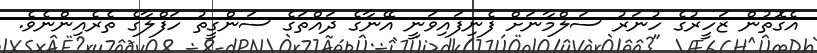
އެގޮތުން ޒަހީރުގެ ހުނަރު ސަލްމާނަށް ފެނިފައިވަނީ އޭނާގެ ދައްތަގެ ސަންގީތު ހަފްލާގެ ތެރެއިންނެވެ.